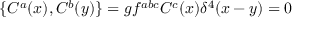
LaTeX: \{ C ^ { a } ( x ) , C ^ { b } ( y ) \} = g f ^ { a b c } C ^ { c } ( x ) \delta ^ { 4 } ( x - y ) = 0